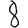
Digit: 8